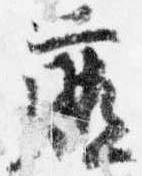
庁